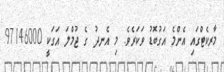
މާރކެޓްގައި އެންމެ އަގުބޮޑު ވަކަރެވެ. މި އެނދު ގެ ޖުމްލަ އަގަކީ 97146000